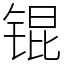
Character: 锟